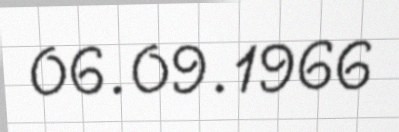
06.09.1966